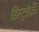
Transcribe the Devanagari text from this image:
डिस्ट्रॉफ़ी